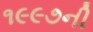
૧૯૯૭ની